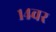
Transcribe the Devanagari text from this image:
१४वर